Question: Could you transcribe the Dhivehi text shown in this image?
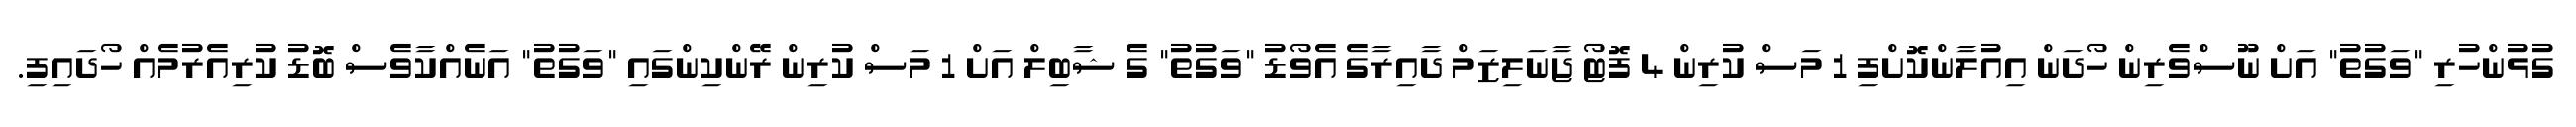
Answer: ގުޅުންހުރި "ވަގުތު" އަށް ނޫސްވެރިން ހޯދަން އިއުލާންކޮށްފި 1 މަސް ކުރިން 4 ފޮޓޯ ޖާނަލިޒަމް ދާއިރާގެ އެވޯޑު "ވަގުތު" ގެ ޝާބިލް އަށް 1 މަސް ކުރިން ރޭންކިންގައި "ވަގުތު" އަނެއްކާވެސް ބޮޑު ކުރިއެރުމެއް ހޯދައިފި.